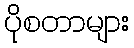
ပိုစတာများ